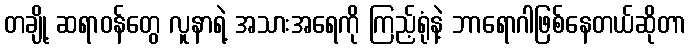
တချို့ ဆရာဝန်တွေ လူနာရဲ့ အသားအရေကို ကြည့်ရုံနဲ့ ဘာရောဂါဖြစ်နေတယ်ဆိုတာ